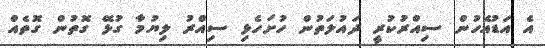
އެ އަޑުއެހުން ސިއްރުކުރީ ދައުލަތުން ހުށަހެޅި ސިއްރު ލިޔުމާ ގުޅޭ ގޮތުން ގޮތެއް